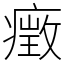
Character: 㿂